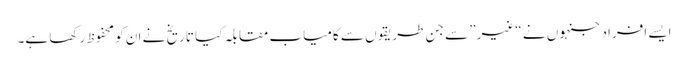
ایسے افراد جنہوں نے “غیر” سے جن طریقوں سے کامیاب مقابلہ کیا تاریخ نے ان کو محفوظ رکھا ہے۔